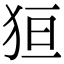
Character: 狟